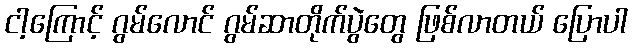
ငါ့ကြောင့် ဂွမ်လောင် ဂွမ်ဆာတိုက်ပွဲတွေ ဖြစ်လာတယ် ပြောပါ